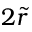
2 \tilde { r }